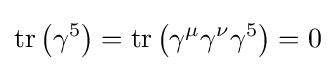
\operatorname {tr} \left(\gamma ^{5}\right)=\operatorname {tr} \left(\gamma ^{\mu }\gamma ^{\nu }\gamma ^{5}\right)=0